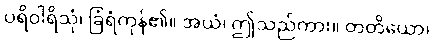
ပရိဝါရိသုံ၊ ခြံရံကုန်၏။ အယံ၊ ဤသည်ကား။ တတိယော၊